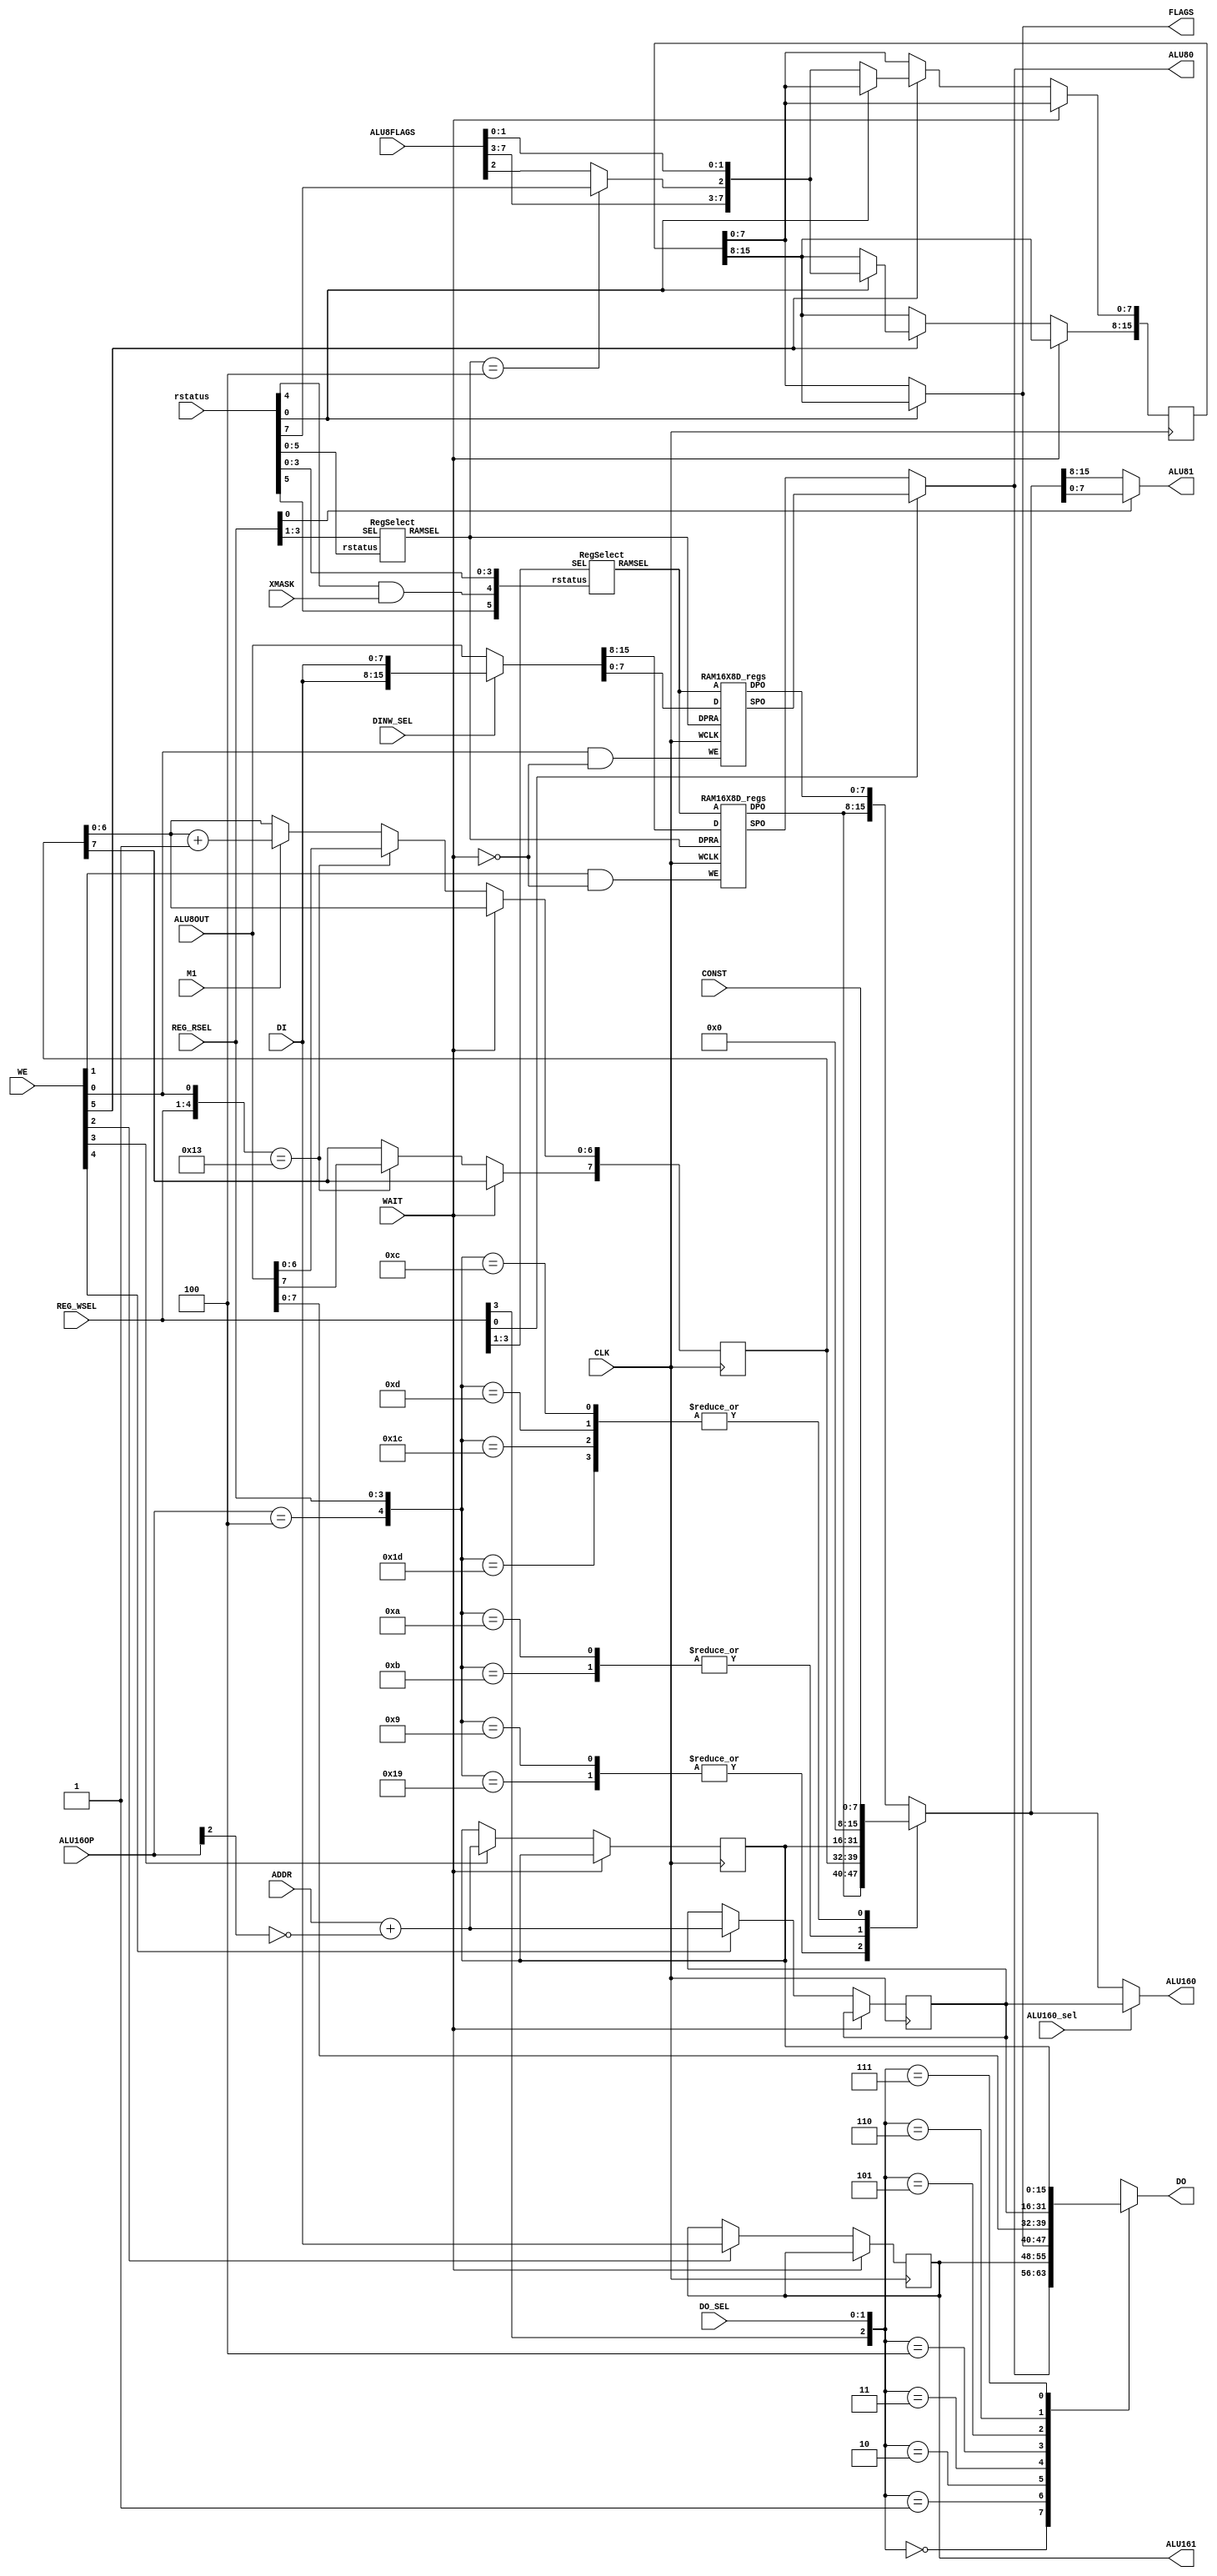
//////////////////////////////////////////////////////////////////////////////////
//
// This file is part of the NextZ80 project
// http://www.opencores.org/cores/nextz80/
//
// Description: Implementation of Z80 compatible CPU - registers
// Version 1.0
//
//
/////////////////////////////////////////////////////////////////////////////////
// 
// Copyright (C) 2011 Nicolae Dumitrache
// 
// This source file may be used and distributed without 
// restriction provided that this copyright statement is not 
// removed from the file and that any derivative work contains 
// the original copyright notice and the associated disclaimer.
// 
// This source file is free software; you can redistribute it 
// and/or modify it under the terms of the GNU Lesser General 
// Public License as published by the Free Software Foundation;
// either version 2.1 of the License, or (at your option) any 
// later version. 
// 
// This source is distributed in the hope that it will be 
// useful, but WITHOUT ANY WARRANTY; without even the implied 
// warranty of MERCHANTABILITY or FITNESS FOR A PARTICULAR 
// PURPOSE. See the GNU Lesser General Public License for more 
// details. 
// 
// You should have received a copy of the GNU Lesser General 
// Public License along with this source; if not, download it 
// from http://www.opencores.org/lgpl.shtml 
// 
///////////////////////////////////////////////////////////////////////////////////

// altera message_off 10027

`timescale 1ns / 1ps

module Z80Reg(
	input wire [7:0]rstatus,	// 0=af-af', 1=exx, 2=hl-de, 3=hl'-de',4=hl-ixy, 5=ix-iy, 6=IFF1, 7=IFF2
	input wire M1,
	input wire [5:0]WE,			// 5 = flags, 4 = PC, 3 = SP, 2 = tmpHI, 1 = hi, 0 = lo
	input wire CLK,
	input wire [15:0]ALU8OUT,	// CPU data out bus (output of alu8)
	input wire [7:0]DI,			// CPU data in bus
	output reg [7:0]DO,			// CPU data out bus
	input wire [15:0]ADDR,		// CPU addr bus
	input wire [7:0]CONST,
	output reg [7:0]ALU80,
	output reg [7:0]ALU81,
	output reg [15:0]ALU160,
	output wire[7:0]ALU161,
	input wire [7:0]ALU8FLAGS,			
	output wire [7:0]FLAGS,
	
	input wire [1:0]DO_SEL,		// select DO betwen ALU8OUT lo and th register
	input wire ALU160_sel,		// 0=REG_RSEL, 1=PC
	input wire [3:0]REG_WSEL,	// rdow:    	[3:1] 0=BC, 1=DE, 2=HL, 3=A-TL, 4=I-x  ----- [0] = 0HI,1LO
	input wire [3:0]REG_RSEL,	// mux_rdor:   [3:1] 0=BC, 1=DE, 2=HL, 3=A-TL, 4=I-R, 5=SP, 7=tmpSP   ----- [0] = 0HI, 1LO
	input wire DINW_SEL,			// select RAM write data between (0)ALU8OUT, and 1(DI)
	input wire XMASK,				// 0 if REG_WSEL should not use IX, IY, even if rstatus[4] == 1
	input wire [2:0]ALU16OP,	// ALU16OP
	input wire WAIT				// wait
	);
	
// latch registers
	reg [15:0]pc=0;				// program counter
	reg [15:0]sp;					// stack pointer
	reg [7:0]r;						// refresh
	reg [15:0]flg = 0;
	reg [7:0]th;					// temp high

// internal wires	
	wire [15:0]rdor;		// R out from RAM
	wire [15:0]rdow;		// W out from RAM
	wire [3:0]SELW;		// RAM W port sel
	wire [3:0]SELR;		// RAM R port sel
	reg  [15:0]DIN;		// RAM W in data
	reg [15:0]mux_rdor;	// (3)A reversed mixed with TL, (4)I mixed with R (5)SP
	
//------------------------------------ RAM block registers ----------------------------------
// 0:BC, 1:DE, 2:HL, 3:A-x, 4:I-x, 5:IX, 6:IY, 7:x-x, 8:BC', 9:DE', 10:HL', 11:A'-x, 12: tmpSP, 13:zero
   RAM16X8D_regs regs_lo (
      .DPO(rdor[7:0]),   // Read-only data output
      .SPO(rdow[7:0]),   // R/W data output
      .A(SELW),       	 // R/W address
      .D(DIN[7:0]),      // Write data input
      .DPRA(SELR), 		 // Read-only address
      .WCLK(CLK),   		 // Write clock input
      .WE(WE[0] & !WAIT) // Write enable input
   );

   RAM16X8D_regs regs_hi (
      .DPO(rdor[15:8]),  // Read-only data output
      .SPO(rdow[15:8]),  // R/W data output
      .A(SELW),       	 // R/W address
      .D(DIN[15:8]),     // Write data input
      .DPRA(SELR), 		 // Read-only address
      .WCLK(CLK),   		 // Write clock input
      .WE(WE[1] & !WAIT) // Write enable input
   );

	wire [15:0]ADDR1 = ADDR + !ALU16OP[2]; // address post increment
	wire [7:0]flgmux = {ALU8FLAGS[7:3], SELR[3:0] == 4'b0100 ? rstatus[7] : ALU8FLAGS[2], ALU8FLAGS[1:0]}; // LD A, I/R IFF2 flag on parity
	always @(posedge CLK)
		if(!WAIT) begin
			if(WE[2]) th <= DI;
			if(WE[3]) sp <= ADDR1;
			if(WE[4]) pc <= ADDR1;
			if({REG_WSEL, WE[0]} == 5'b10011) r <= ALU8OUT[7:0]; 
			else if(M1) r[6:0] <= r[6:0] + 1'd1;
			if(WE[5])
				if(rstatus[0]) flg[15:8] <= flgmux;
				else flg[7:0] <= flgmux;
		end
	
	assign ALU161 = th;
	assign FLAGS = rstatus[0] ? flg[15:8] : flg[7:0];
	
	always @* begin
		DIN = DINW_SEL ? {DI, DI} : ALU8OUT;
		ALU80 = REG_WSEL[0] ? rdow[7:0] : rdow[15:8];
		ALU81 = REG_RSEL[0] ? mux_rdor[7:0] : mux_rdor[15:8];
		ALU160 = ALU160_sel ? pc : mux_rdor;
	
		case({REG_WSEL[3], DO_SEL})
			0:	DO = ALU80;
			1:	DO = th;
			2: DO = FLAGS;
			3: DO = ALU8OUT[7:0];
			4: DO = pc[15:8];
			5: DO = pc[7:0];
			6:	DO = sp[15:8];
			7: DO = sp[7:0];
		endcase
		case({ALU16OP == 4, REG_RSEL[3:0]})
			5'b01001, 5'b11001:								mux_rdor = {rdor[15:8], r};
			5'b01010, 5'b01011: 								mux_rdor = sp;
			5'b01100, 5'b01101, 5'b11100, 5'b11101:	mux_rdor = {8'b0, CONST};
			default:		mux_rdor = rdor;
		endcase 
	end
	
	RegSelect WSelectW(.SEL(REG_WSEL[3:1]), .RAMSEL(SELW), .rstatus({rstatus[5], rstatus[4] & XMASK, rstatus[3:0]}));
	RegSelect WSelectR(.SEL(REG_RSEL[3:1]), .RAMSEL(SELR), .rstatus(rstatus[5:0]));

endmodule


module RegSelect(
	input [2:0]SEL,
	output reg [3:0]RAMSEL,
	input [5:0]rstatus			// 0=af-af', 1=exx, 2=hl-de, 3=hl'-de',4=hl-ixy, 5=ix-iy
	);
	
	always @* begin
		RAMSEL = 4'bxxxx;
		case(SEL)
			0: RAMSEL = {rstatus[1], 3'b000};	// BC
			1:  //DE
				if(rstatus[{1'b1, rstatus[1]}]) RAMSEL = {rstatus[1], 3'b010};		//	HL
				else RAMSEL = {rstatus[1], 3'b001};				// DE
			2:	// HL
				case({rstatus[5:4], rstatus[{1'b1, rstatus[1]}]})
					0,4: 	RAMSEL = {rstatus[1], 3'b010}; 		// HL
					1,5: 	RAMSEL = {rstatus[1], 3'b001};		// DE
					2,3:	RAMSEL = 4'b0101;  	//	IX
					6,7:	RAMSEL = 4'b0110;		// IY
				endcase
			3: RAMSEL = {rstatus[0], 3'b011}; // A-TL
			4:	RAMSEL = 4; // I-R
			5: RAMSEL = 12;	// tmp SP
			6: RAMSEL = 13;	// zero
			7: RAMSEL = 7;	// temp reg for BIT/SET/RES
		endcase
	end
endmodule	

module RAM16X8D_regs(
      output [7:0]DPO,     // Read-only data output
      output [7:0]SPO,     // R/W data output
      input [3:0]A,       	// R/W address 
      input [7:0]D,        // Write data input
      input [3:0]DPRA, 		// Read-only address
      input WCLK,   			// Write clock
      input WE        		// Write enable
   );
	
	reg [7:0]data[15:0];
	assign DPO = data[DPRA];
	assign SPO = data[A];
	
	always @(posedge WCLK)
		if(WE) data[A] <= D;		

endmodule